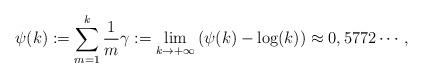
LaTeX: \begin{align*}\psi(k) := \sum_{m=1}^k \frac{1}{m} \gamma:=\lim_{k \to +\infty} \left( \psi(k) - \log(k) \right)\approx 0,5772\cdots,\end{align*}